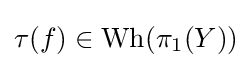
\tau (f)\in \operatorname {Wh} (\pi _{1}(Y))